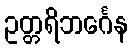
ဥတ္တရိဘင်္ဂေန